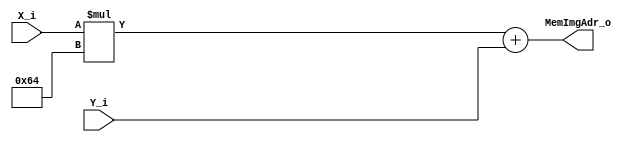
module Sobel_MemImgAdrGen #(
    parameter X_SIZE = 100, 
              Y_SIZE = 100
)(
    X_i, 
    Y_i,
    MemImgAdr_o
);

    localparam X_BITS = $clog2(X_SIZE);
    localparam Y_BITS = $clog2(Y_SIZE);
    localparam ADR_BITS = $clog2(X_SIZE*Y_SIZE);

    input [X_BITS-1:0] X_i;
    input [Y_BITS-1:0] Y_i;
    output [ADR_BITS-1:0] MemImgAdr_o;

    assign MemImgAdr_o = (X_i * Y_SIZE) + Y_i;
    
endmodule